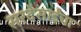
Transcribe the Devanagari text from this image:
सरदेसाईंचा